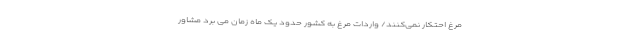
مرغ احتکار نمی‌کنند/ واردات مرغ به کشور حدود یک ماه زمان می برد مشاور